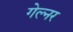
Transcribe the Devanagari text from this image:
गेल्नर